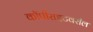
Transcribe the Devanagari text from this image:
कॉपीराइटवरील